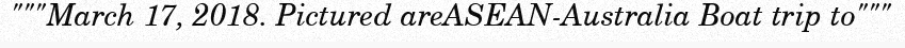
"""March 17, 2018. Pictured areASEAN-Australia Boat trip to"""